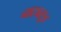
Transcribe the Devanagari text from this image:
नाट्यसूत्र